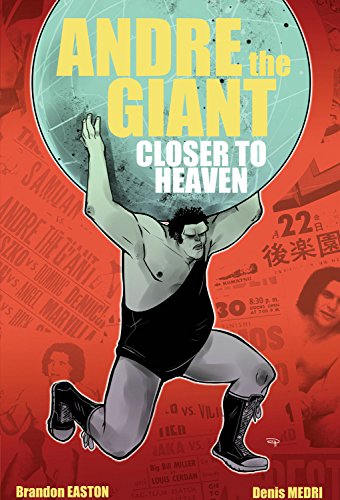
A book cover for Andre The Giant: Closer To Heaven; Brandon Easton; Comics & Graphic Novels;